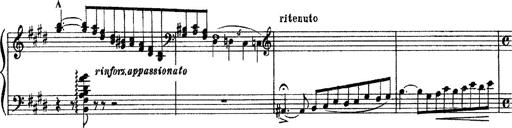
Title: 3 sonetti di Petrarca
Composer: Franz Liszt